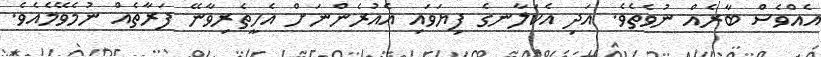
އެއްވެސް ބާރެއް ނުވެތެވެ. އަދި އެކަލާނގެ ފިޔަވައި އެއުރެންނަށް އެހީތެރިވާނޭ ފަރާތެއް ނުމެވޭމެއެވެ.